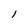
Character: 1